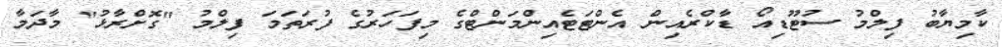
ކާމިޔާބު ފިލްމު ސުޓޫޑިއޯ ޑާކްރެއިން އެންޓަޓެއިންމަންޓްގެ މިފަހަރުގެ ފުރަތަމަ ފިލްމު "ގޮށްރާޅު" މާދަމާ